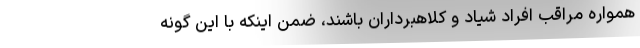
همواره مراقب افراد شیاد و کلاهبرداران باشند، ضمن اینکه با این گونه